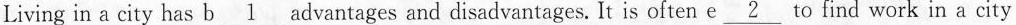
Living in a city has b\underline{1} advantages and disadvantages. It is often e\underline{2} to find work in a city